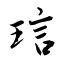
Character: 琂